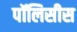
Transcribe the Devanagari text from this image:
पॉलिसीस